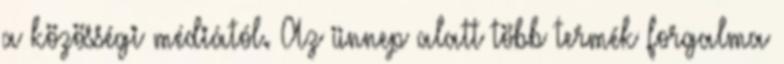
a közösségi médiától. Az ünnep alatt több termék forgalma